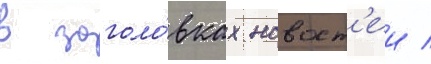
в заголо́вках новост'еи /